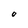
Character: O